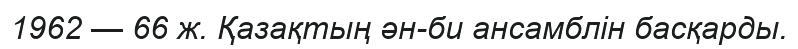
1962 — 66 ж. Қазақтың ән-би ансамблін басқарды.